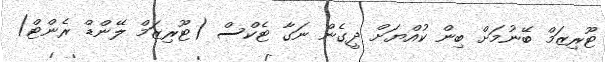
ޓޫރިޒަމް ބޭނުމަށް ބިން ކުއްޔަށް ދީގެން ނަގާ ޓެކްސް (ޓޫރިޒަމް ލޭންޑް ރެންޓް)